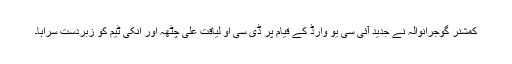
کمشنر گوجرانوالہ نے جدید آئی سی یو وارڈ کے قیام پر ڈی سی او لیاقت علی چٹھہ اور انکی ٹیم کو زبردست سراہا۔